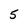
Character: 5